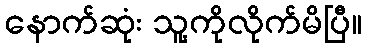
နောက်ဆုံး သူ့ကိုလိုက်မိပြီ။